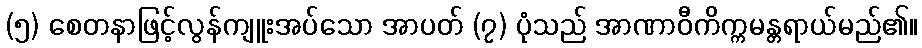
(၅) စေတနာဖြင့်လွန်ကျူးအပ်သော အာပတ် (၇) ပုံသည် အာဏာဝီကိက္ကမန္တရာယ်မည်၏။